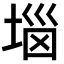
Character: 𡍗